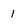
Character: 1